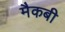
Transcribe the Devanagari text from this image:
मैकबी